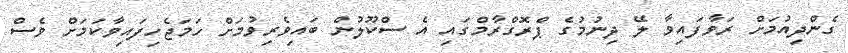
ގެންދިއުމަށް ރަވާފައިވާ ލޭ ދިނުމުގެ ޕްރޮގްރާމްގައި އެ ސްކޫލުން ބައިވެރިވުމަށް ހަމަޖެހިފައިވާކަމަށް ވެސް